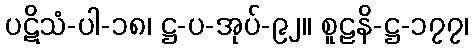
ပဋိသံ-ပါ-၁၈၊ ဋ္ဌ-ပ-အုပ်-၉၂။ စူဠနိ-ဋ္ဌ-၁၇၇၊